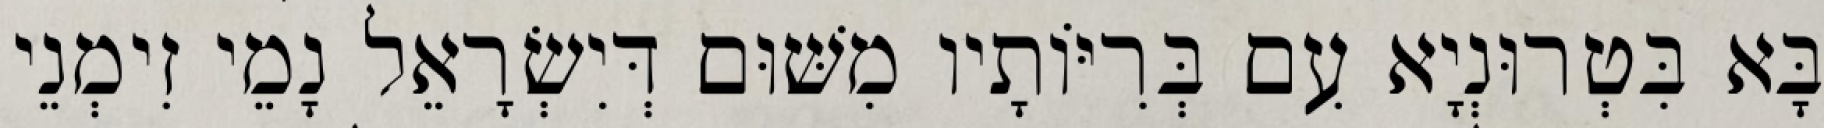
בָּא בִּטְרוּנְיָא עִם בְּרִיּוֹתָיו מִשּׁוּם דְּיִשְׂרָאֵל נָמֵי זִימְנֵי